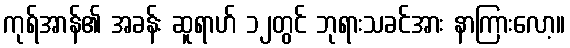
ကုရ်အာန်၏ အခန်း ဆူရာဟ် ၁၂တွင် ဘုရားသခင်အား နာကြားလော့။